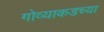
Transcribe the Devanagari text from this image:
गोव्याकडच्या